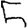
Digit: 5